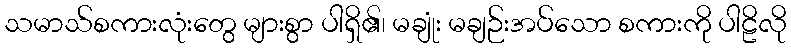
သမာသ်စကားလုံးတွေ များစွာ ပါရှိ၏၊ မချုံး မချဉ်းအပ်သော စကားကို ပါဠိလို